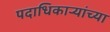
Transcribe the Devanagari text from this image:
पदाधिकार्‍यांच्या